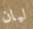
ليان